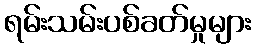
ရမ်းသမ်းပစ်ခတ်မှုများ